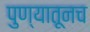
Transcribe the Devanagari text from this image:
पुण्यातूनच